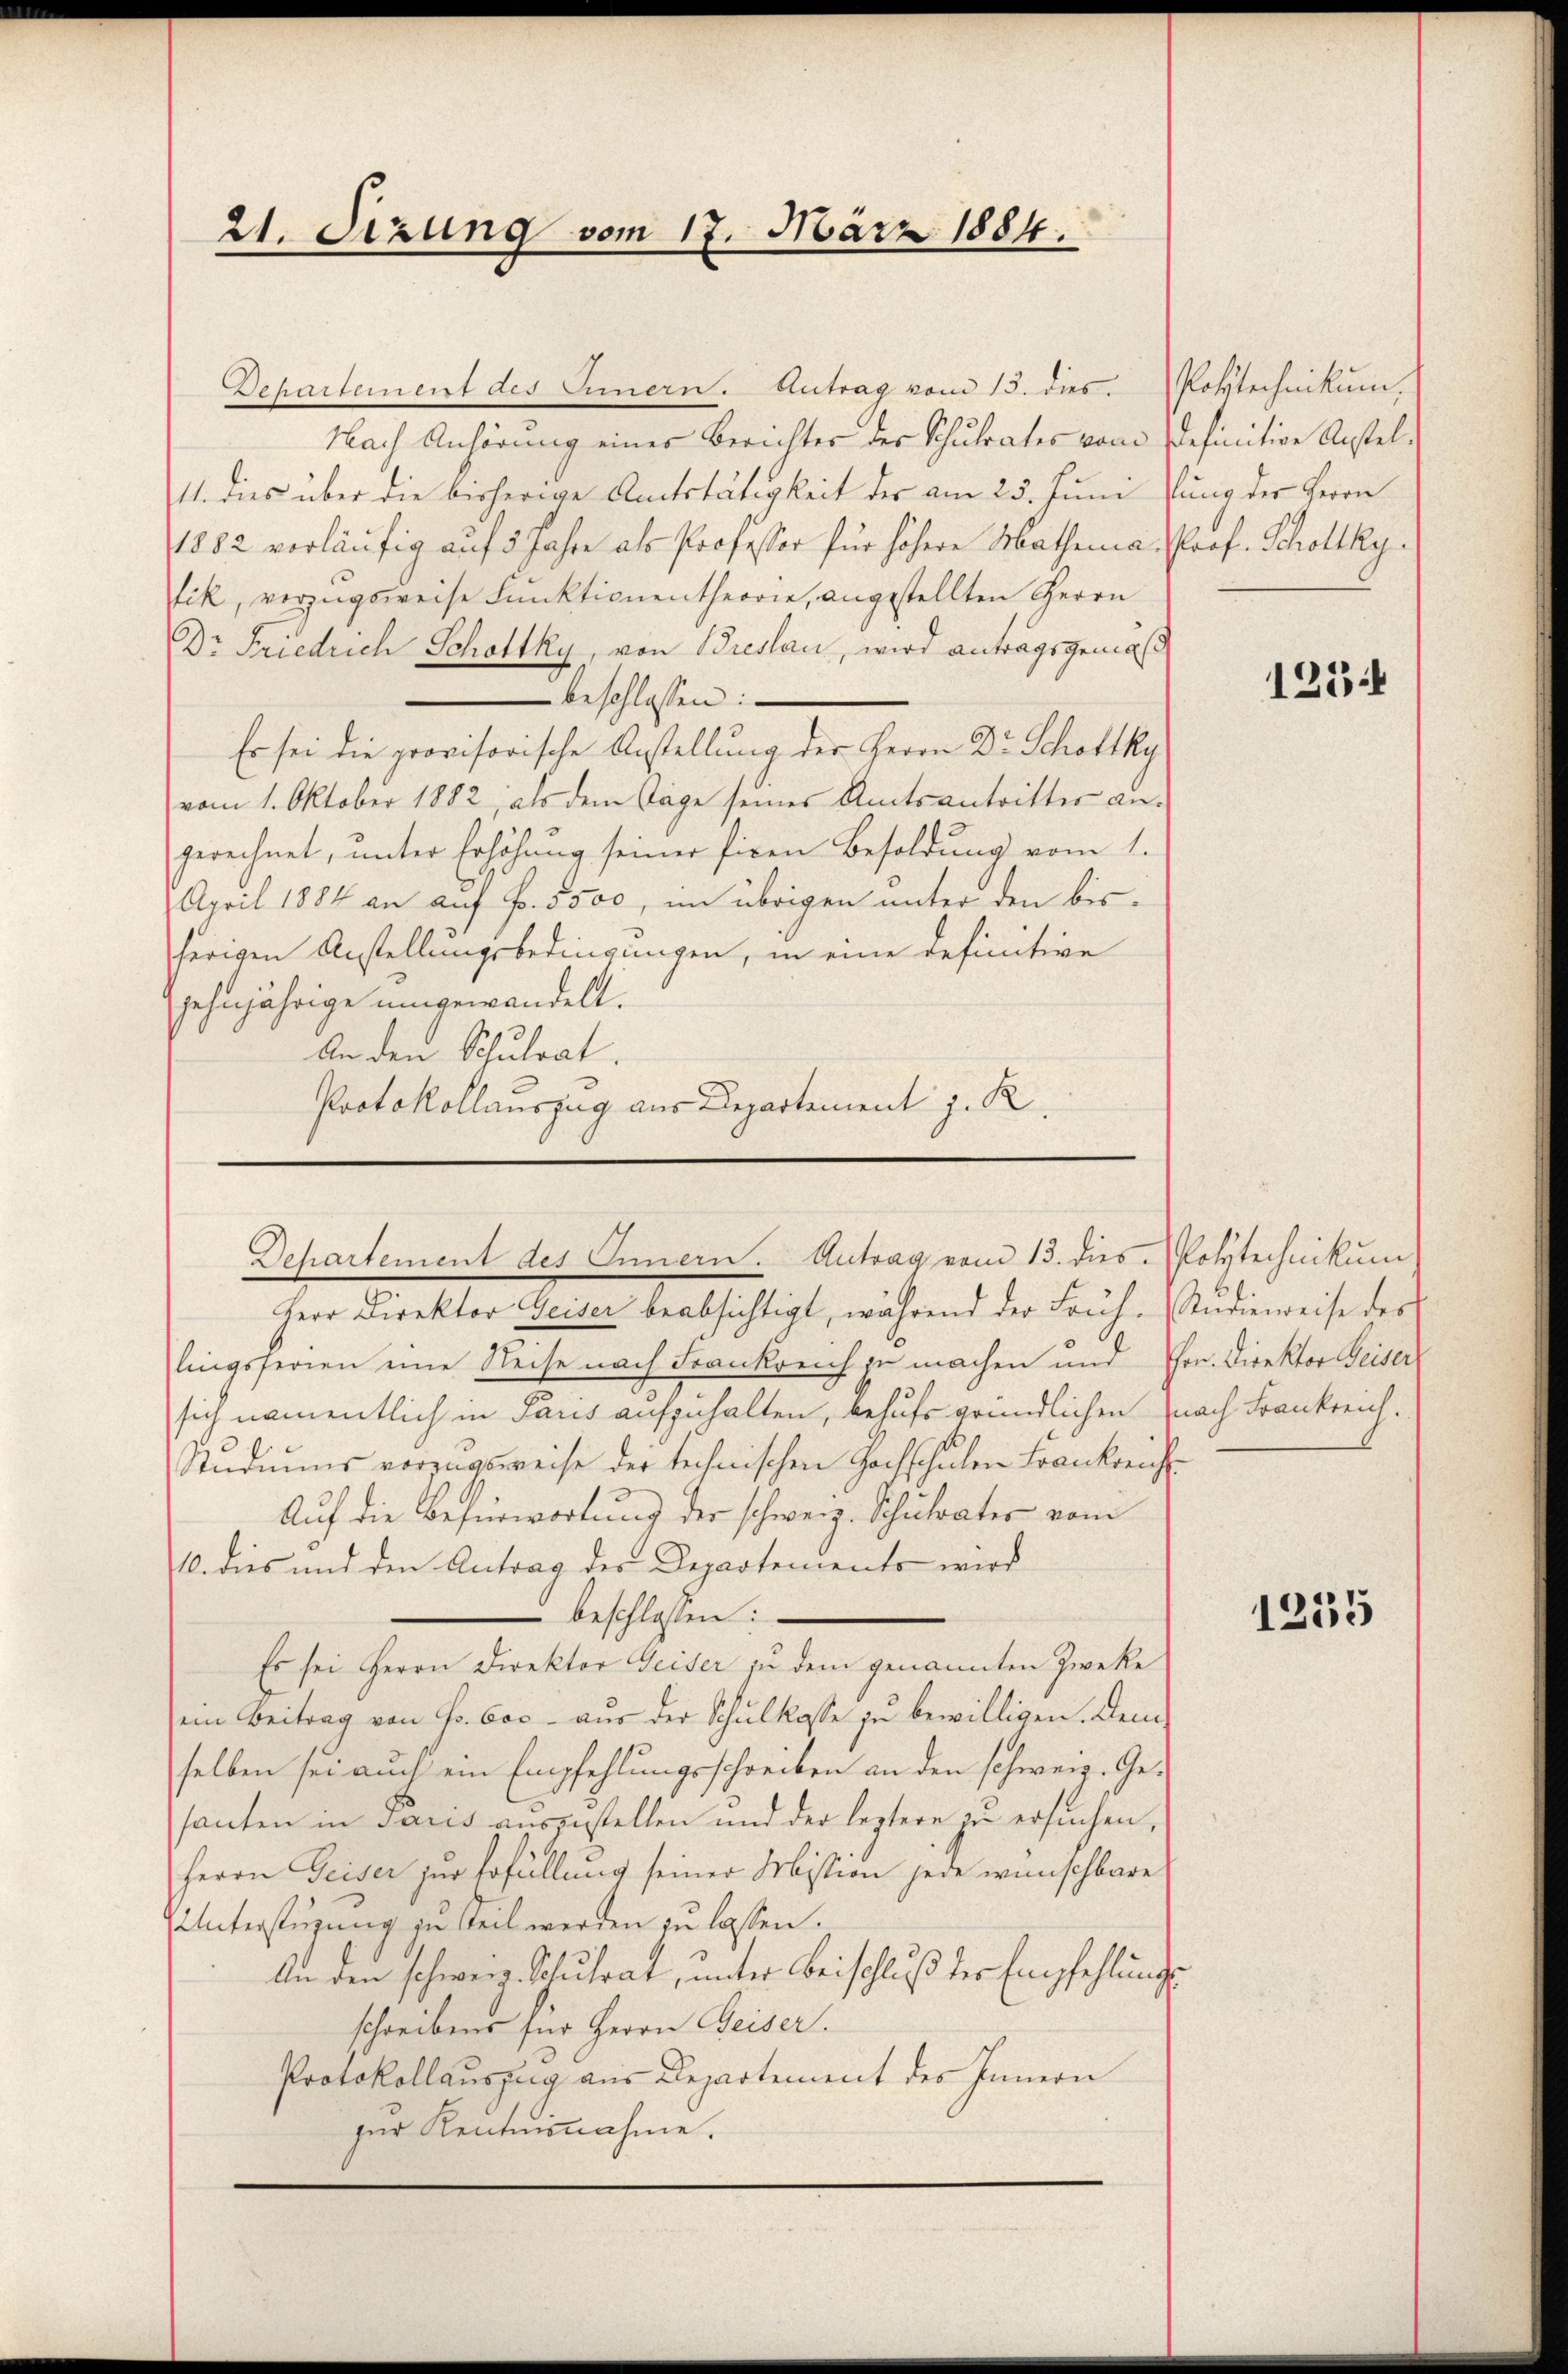
Departement des Innern. Antrag vom 13. dies. Postechnikum
Nach Anhörung eines Berichter der Schulrates vom definitive Anstel¬
11. dies über die bisherige Amtstätigkeit der am 25. Juni fung der Herrn
1882 vorläufig auf 5 Jahre als Professor für höhere Mathema: Prof. Schottkyfik, vorzugsweise Funktionentheorie, angestellten Herrn
Dr Friedrich Schottky, von Breslau, wird antragsgemäß
beschlossen:
Es sei die provisorische Anstellung der Herrn Dr. Schottky
vom 1. Oktober 1882, als dem Tage seines Amtsantrittes angerechnet, unter Erhöhung seiner fixen Besoldung vom 1.
April 1884 an auf Fr. 5500, im übrigen unter den bis-
herigen Anstellungsbedingungen, in eine definitive
sehnjährige umgewandelt.
An den Schulrat.
Protokollauszug aus Departement z. R.

21. Sizung vom 17. März 1884.

Departement des Innern. Antrag vom 13. dies Polytechnikum

Herr Direktor Geiser beabsichtigt, während der Früh. Studierweise des
lingsferien eine Reise nach Frankreich zu machen und Ehrn. Direktor Geiser
sich namentlich in Paus aufzuhalten, behufs gründlichen nach Frankreich¬
Studiums vorzugsweise der technischen Hochschulen Frankreis¬
Auf die Befürwortung der schweiz. Schulrates vom
10. dies und den Antrag der Departements wird
beschlossen:
Es sei Herrn Direktor Geiser zu dem genannten Zwecke
ein Beitrag von Fr. 600 aus der Schulkasse zu bewilligen. Dem
selben sei auch ein Empfehlungsschreiben an den schweiz. Gehanten in daris auszustellen und der leztere zu ersuchen,
Herrn Geiser zur Erfüllung seiner Mission jede wünschbare
Unterstüzung in Teil werden zu lassen.
An den schweiz. Schulrat, unter Beischluß der Empfehlungsschreibens für Herrn Beiser.
Protokollauszug aus Departement des Innern
zur Kentnisnahme.

1234

1255